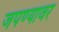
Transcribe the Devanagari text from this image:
जपण्यावर